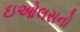
ઇઓલસનો